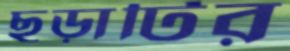
ছড়াটির